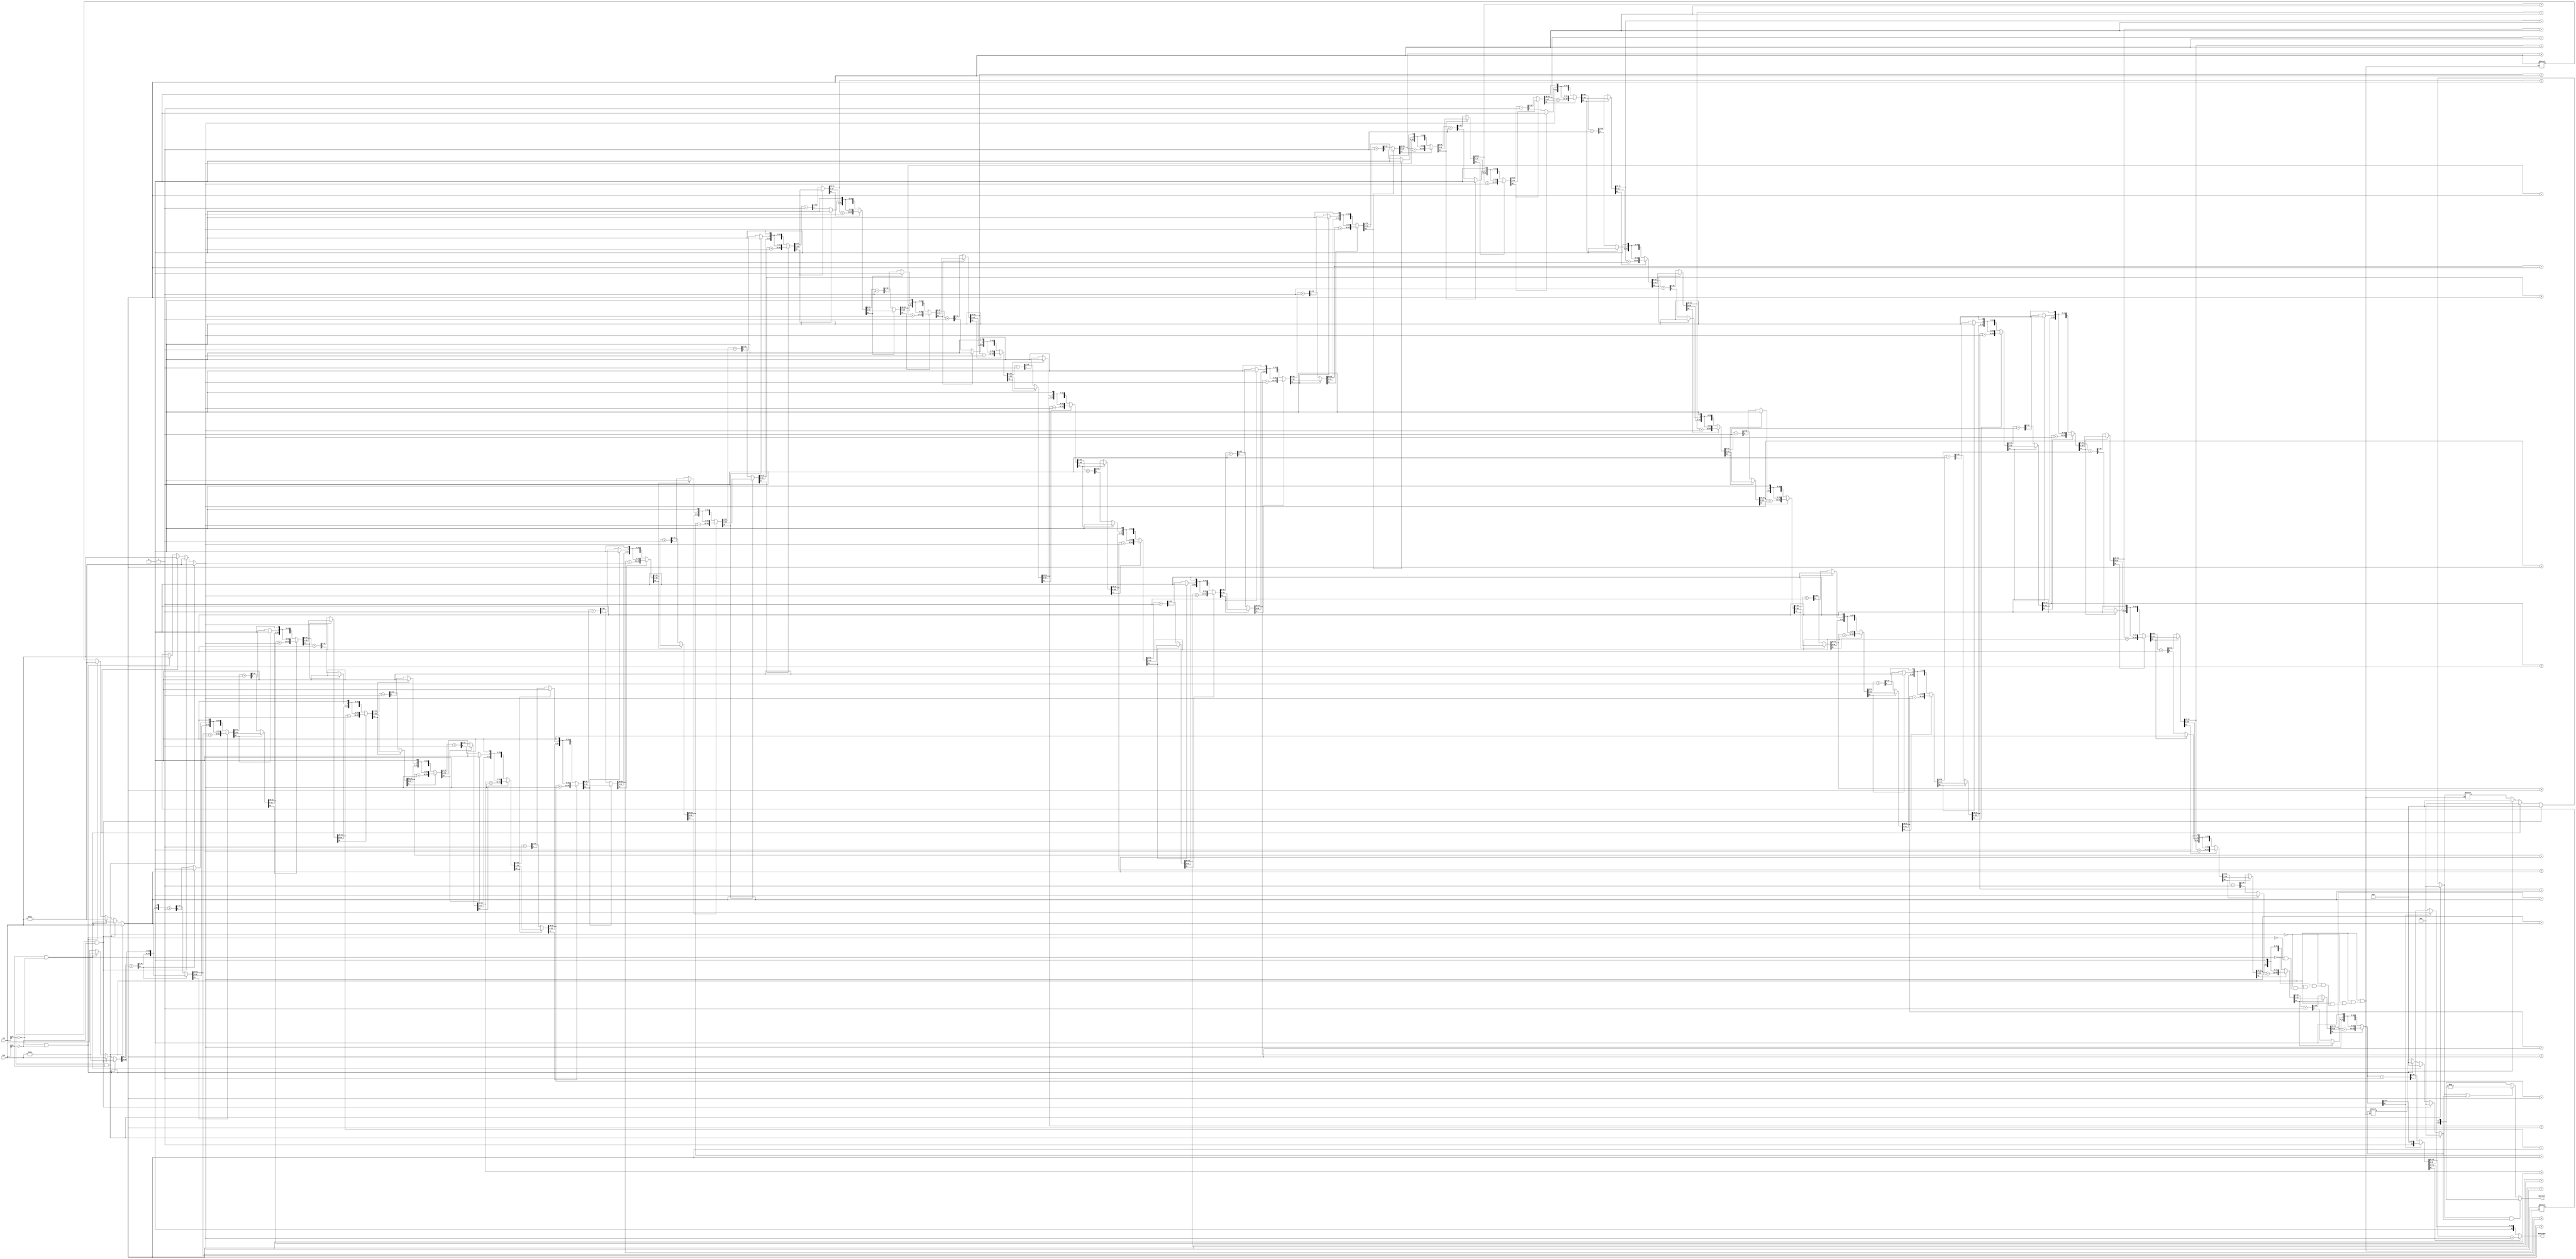
module Non_Restoring_32_bit(
    input wire [31:0] Min, 
    input wire [31:0] Qin, 
    output reg [31:0] Quotient,
    output reg [31:0] Remainder); 

    integer i, flagQ, flagM;
    reg [64:0] AQ;
    reg [31:0] M_not;
    reg [31:0] M, Q;	 
	 //Q/M R2/R3
	always @(*) 
        begin	
		  //NEG CASE
		   if(Min[31] && Qin[31])
			begin
				M = -Min;
				M_not = Min; 
				flagM = 1;
				Q = -Qin;
				flagQ = 1;
			end
			else if((Min[31] == 1) && (Qin[31] == 0))
			begin
				M = -Min;
				M_not = Min; 
				flagM = 1;
				flagQ = 0;
				Q = Qin; 
			end 
			else if((Qin[31] == 1) && (Min[31] == 0))
			begin
				M = Min;
				M_not = -Min; 
				flagM = 0;
				Q = -Qin;
				flagQ = 1;
			end 
			else if((Min[31] == 0) && (Qin[31] == 0))
			begin
				M = Min; 
				Q = Qin;
				M_not = -Min;
				flagM = 0;
				flagQ = 0; 
			end
		
	    AQ = {33'b0, Q}; 
            for(i = 0; i < 32; i = i + 1)
                begin		
                    AQ = AQ << 1; 
						
                    	 ////shift 
                    if (AQ[63] == 1) 
			begin
                        AQ = {AQ[64:32] + M, AQ[31:0]};
			end 
                    else 
			begin
			AQ = {AQ[64:32] + M_not, AQ[31:0]};
			end
   
                    //q0
                    if (AQ[63] == 1)
			AQ[0] = 0;
		    else 
			AQ = AQ + 1;
                end 
                Quotient = AQ[31:0];
				
		if(flagQ && flagM)
			Quotient = AQ[31:0];
				
		else if(flagQ || flagM)
			Quotient = -AQ[31:0];
		else
			Quotient = AQ[31:0];

            if(AQ[63] == 1)
                begin
                    AQ = {AQ[64:32] + M, AQ[31:0]};
                    Remainder = AQ[64:32];
                end 
            else
		Remainder = AQ[64:32];
        end
endmodule